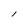
Character: l